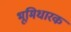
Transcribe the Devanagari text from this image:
भूमिधारक